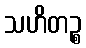
သဟိတဉ္စ